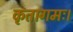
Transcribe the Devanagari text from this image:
कृतागमः।